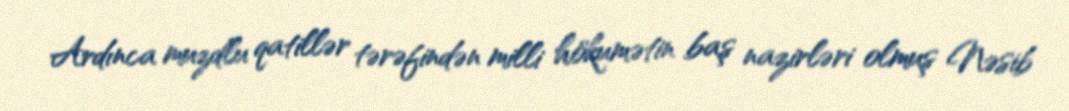
Ardınca muzdlu qatillər tərəfindən milli hökumətin baş nazirləri olmuş Nəsib